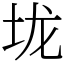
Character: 垅